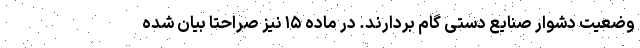
وضعیت دشوار صنایع دستی گام بردارند. در ماده ۱۵ نیز صراحتا بیان شده